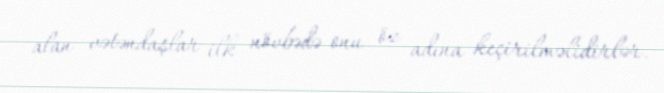
alan vətəndaşlar ilk növbədə onu öz adına keçirilməlidirlər.